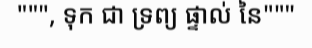
""", ទុក ជា ទ្រព្យ ផ្ទាល់ នៃ"""